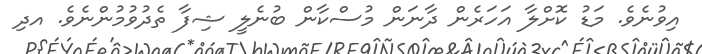
އިވުނެވެ. މަޑު ކޮށްލާ އަހަރެން ދާނަން މުސްކާން ބުނެލީ ޝިފާ ތެދުވުމުންނެވެ. އދި